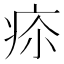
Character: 𤵲